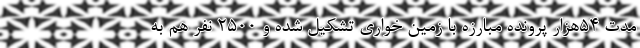
مدت ۵۴هزار پرونده مبارزه با زمین خواری تشکیل شده و ۲۵۰۰ نفر هم به